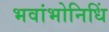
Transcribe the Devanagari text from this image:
भवांभोनिधिं